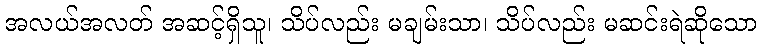
အလယ်အလတ် အဆင့်ရှိသူ၊ သိပ်လည်း မချမ်းသာ၊ သိပ်လည်း မဆင်းရဲဆိုသော